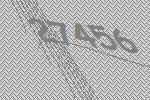
27456